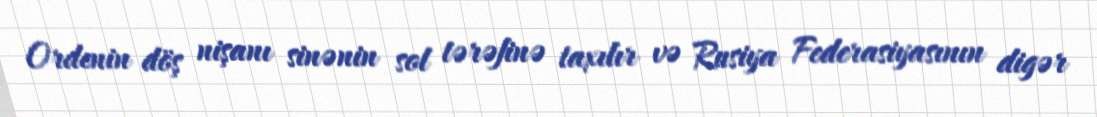
Ordenin döş nişanı sinənin sol tərəfinə taxılır və Rusiya Federasiyasının digər